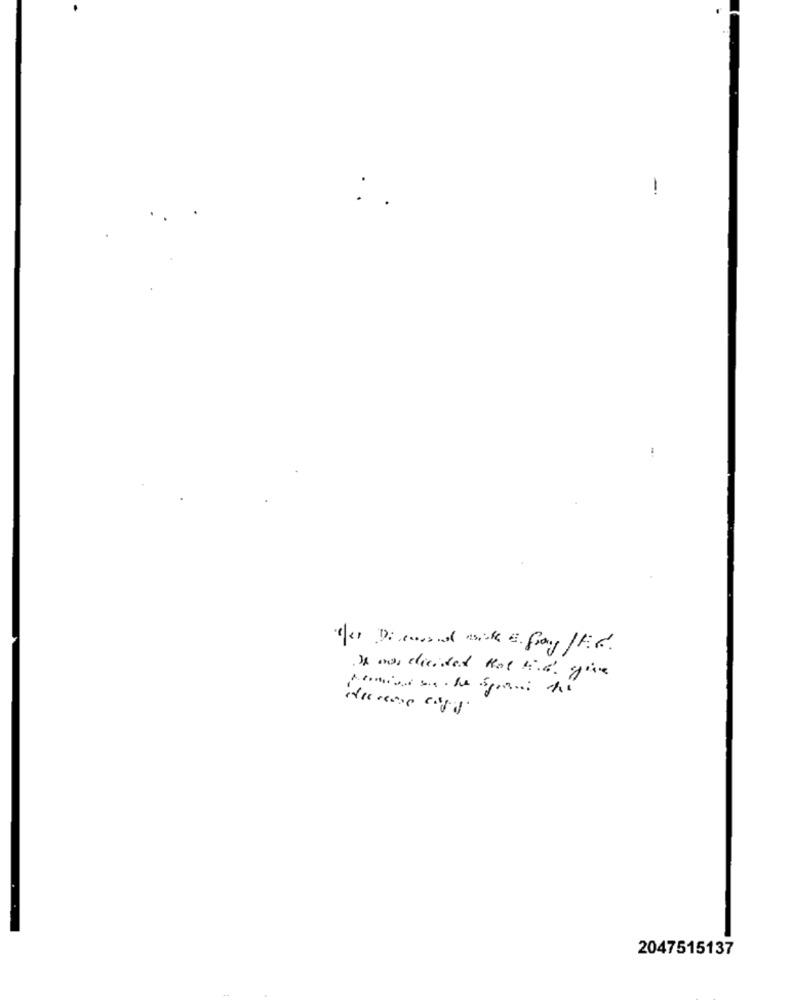
:
Nemici sacha spani ni
2047515137